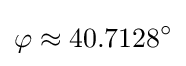
\varphi \approx 40.7128^{\circ }